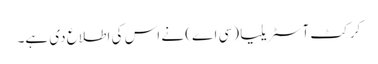
کرکٹ آسٹریلیا (سی اے) نے اس کی اطلاع دی ہے۔